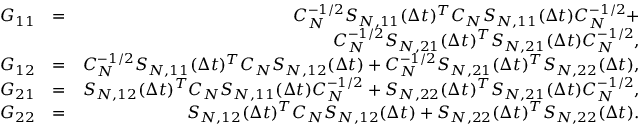
\begin{array} { r l r } { G _ { 1 1 } } & { = } & { C _ { N } ^ { - 1 / 2 } { S } _ { N , 1 1 } ( \Delta t ) ^ { T } C _ { N } { S } _ { N , 1 1 } ( \Delta t ) C _ { N } ^ { - 1 / 2 } + } \\ & { } & { C _ { N } ^ { - 1 / 2 } { S } _ { N , 2 1 } ( \Delta t ) ^ { T } { S } _ { N , 2 1 } ( \Delta t ) C _ { N } ^ { - 1 / 2 } , } \\ { G _ { 1 2 } } & { = } & { C _ { N } ^ { - 1 / 2 } { S } _ { N , 1 1 } ( \Delta t ) ^ { T } C _ { N } { S } _ { N , 1 2 } ( \Delta t ) + C _ { N } ^ { - 1 / 2 } { S } _ { N , 2 1 } ( \Delta t ) ^ { T } { S } _ { N , 2 2 } ( \Delta t ) , } \\ { G _ { 2 1 } } & { = } & { { S } _ { N , 1 2 } ( \Delta t ) ^ { T } C _ { N } { S } _ { N , 1 1 } ( \Delta t ) C _ { N } ^ { - 1 / 2 } + { S } _ { N , 2 2 } ( \Delta t ) ^ { T } { S } _ { N , 2 1 } ( \Delta t ) C _ { N } ^ { - 1 / 2 } , } \\ { G _ { 2 2 } } & { = } & { { S } _ { N , 1 2 } ( \Delta t ) ^ { T } C _ { N } { S } _ { N , 1 2 } ( \Delta t ) + { S } _ { N , 2 2 } ( \Delta t ) ^ { T } { S } _ { N , 2 2 } ( \Delta t ) . } \end{array}